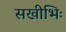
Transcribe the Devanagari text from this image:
सखीभिः